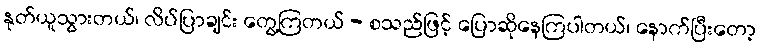
နုတ်ယူသွားတယ်၊ လိပ်ပြာချင်း တွေ့ကြတယ် - စသည်ဖြင့် ပြောဆိုနေကြပါတယ်၊ နောက်ပြီးတော့